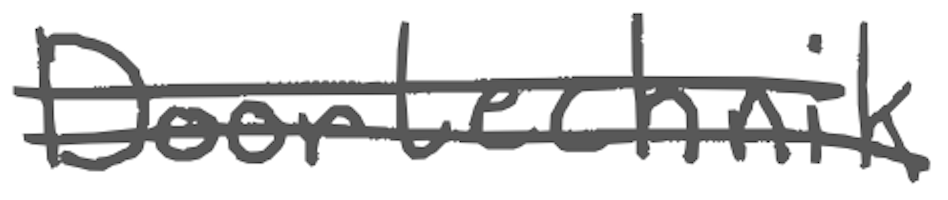
Text: Doortechnik
Cross-out: double-line
Writing tool: digital_gray